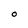
Character: O